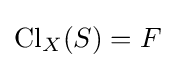
\operatorname {Cl} _{X}(S)=F